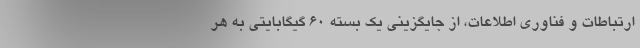
ارتباطات و فناوری اطلاعات، از جایگزینی یک بسته ۶۰ گیگابایتی به هر